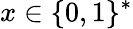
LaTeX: x\in\{ 0,1\} ^{*}